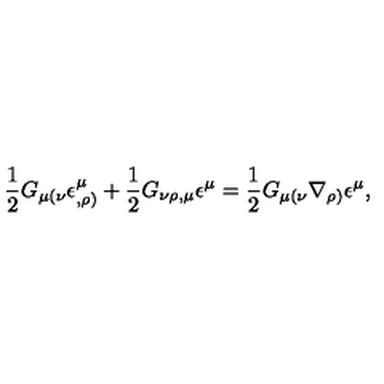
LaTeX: \frac { 1 } { 2 } G _ { \mu ( \nu } \epsilon _ { , \rho ) } ^ { \mu } + \frac { 1 } { 2 } G _ { \nu \rho , \mu } \epsilon ^ { \mu } = \frac { 1 } { 2 } G _ { \mu ( \nu } \nabla _ { \rho ) } \epsilon ^ { \mu } ,